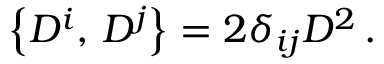
\left\{ D ^ { i } , \, D ^ { j } \right\} = 2 \delta _ { i j } D ^ { 2 } \, .